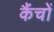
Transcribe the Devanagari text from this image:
कैंचों